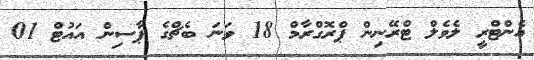
އެންޓްރީ ލެވެލް ޓްރޭނިން ޕްރޮގްރާމް 18 ވަނަ ބެޗްގެ ޕާސިން އައުޓް 01